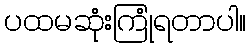
ပထမဆုံးကြုံရတာပါ။